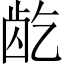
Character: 龁